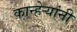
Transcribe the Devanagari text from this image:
कान्हेर्‍यांनी